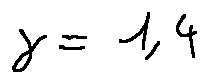
\gamma = 1 , 4